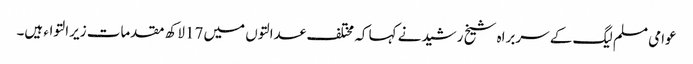
عوامی مسلم لیگ کے سربراہ شیخ رشیدنے کہا کہ مختلف عدالتوں میں 17لاکھ مقدمات زیرالتواء ہیں۔